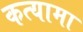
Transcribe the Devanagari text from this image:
कत्यामा